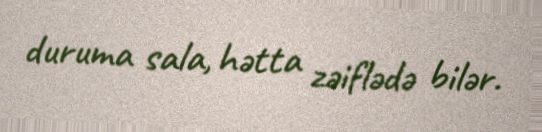
duruma sala, hətta zəiflədə bilər.